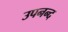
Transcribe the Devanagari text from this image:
उपनन्द